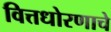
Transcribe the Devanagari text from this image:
वित्तधोरणाचे